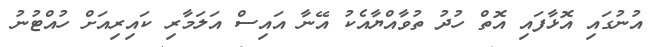
އުނުގައި އޮޅާފައި އޮތް ހުދު ތުވާއްޔާއެކު އޭނާ އައިސް އަލަމާރި ކައިރިއަށް ހުއްޓުނު